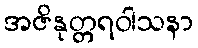
အဇိနုတ္တရဝါသနာ